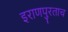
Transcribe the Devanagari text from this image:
इराणपुरताच